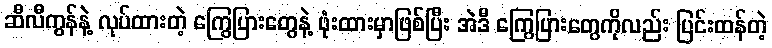
ဆီလီကွန်နဲ့ လုပ်ထားတဲ့ ကြွေပြားတွေနဲ့ ဖုံးထားမှာဖြစ်ပြီး အဲဒီ ကြွေပြားတွေကိုလည်း ပြင်းထန်တဲ့